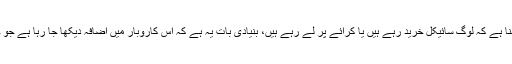
ڈاوڈ آئزن بیرگر کا کہنا ہے کہ لوگ سائیکل خرید رہے ہیں یا کرائے پر لے رہے ہیں، بنیادی بات یہ ہے کہ اس کاروبار میں اضافہ دیکھا جا رہا ہے جو حوصلہ افزاء بات ہے۔